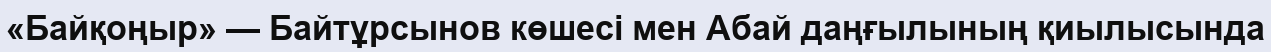
«Байқоңыр» — Байтұрсынов көшесі мен Абай даңғылының қиылысында